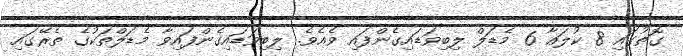
ގޮތުގައި 8 ކުލައާ 6 މެޑަލް ލިބިވަޑައިގެންފައި ވެއެވެ. ލިބިވަޑައިގެންފައިވާ މެޑަލްތަކުގެ ތެރޭގައި